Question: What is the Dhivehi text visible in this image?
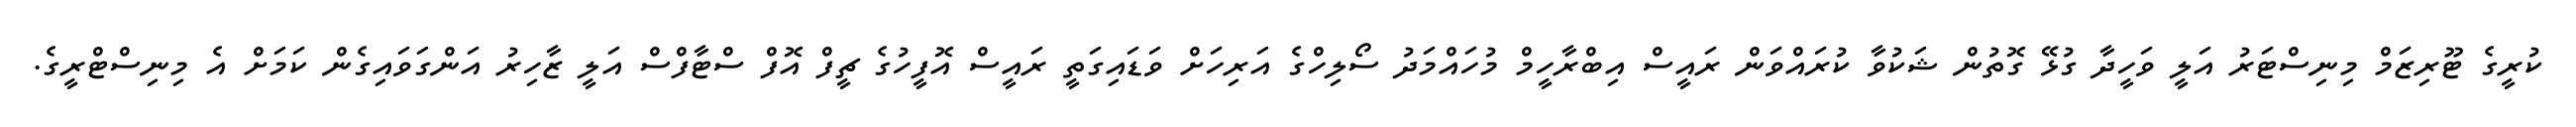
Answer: ކުރީގެ ޓޫރިޒަމް މިނިސްޓަރު އަލީ ވަހީދާ ގުޅޭ ގޮތުން ޝަކުވާ ކުރައްވަން ރައީސް އިބްރާހީމް މުހައްމަދު ސޯލިހްގެ އަރިހަށް ވަޑައިގަތީ ރައީސް އޮފީހުގެ ޗީފް އޮފް ސްޓާފްސް އަލީ ޒާހިރު އަންގަވައިގެން ކަމަށް އެ މިނިސްޓްރީގެ.